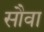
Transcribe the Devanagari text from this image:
सौवा